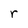
Character: r